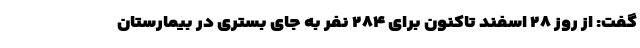
گفت: از روز ۲۸ اسفند تاکنون برای ۲۸۴ نفر به جای بستری در بیمارستان